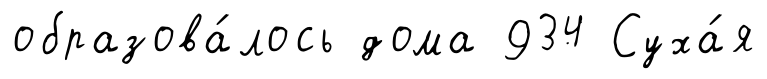
образова́лось дома 934 Суха́я